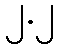
၂.၂